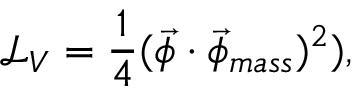
\mathcal { L } _ { V } = \frac { 1 } { 4 } ( \vec { \phi } \cdot \vec { \phi } _ { m a s s } ) ^ { 2 } ) ,